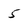
Character: 5